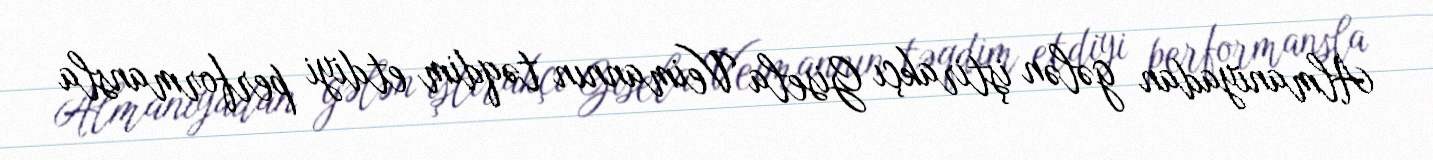
Almaniyadan gələn iştirakçı Gisela Veimannın təqdim etdiyi performansla